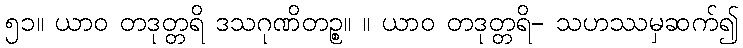
၅၁။ ယာဝ တဒုတ္တရိ ဒသဂုဏိတဉ္စ။ ။ ယာဝ တဒုတ္တရိ- သဟဿမှဆက်၍